Annual report of the Camel Specialist
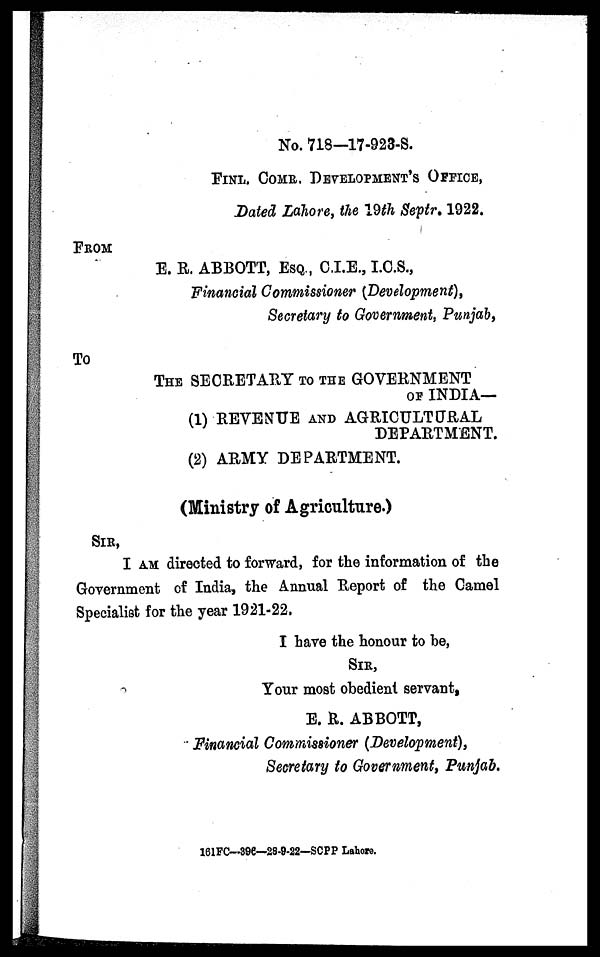
No. 718—17-923-S.
FINL. COMR. DEVELOPMENT'S OFFICE,
Dated Lahore, the 19th Septr. 1922.
FROM
E. R. ABBOTT, ESQ., C.I.E., I.C.S.,
Financial Commissioner (Development),
Secretary to Government, Punjab,
To
THE SECRETARY TO THE GOVERNMENT
OF INDIA—
(1) REVENUE AND AGRICULTURAL
DEPARTMENT.
(2) ARMY DEPARTMENT.
(Ministry of Agriculture.)
SIR,
I AM directed to forward, for the information of the
Government of India, the Annual Report of the Camel
Specialist for the year 1921-22.
I have the honour to be,
SIR,
Your most obedient servant,
E. R. ABBOTT,
Financial Commissioner (Development),
Secretary to Government, Punjab.
161FC—396—28-9-22—SCPP Lahore.